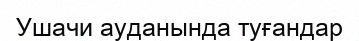
Ушачи ауданында туғандар